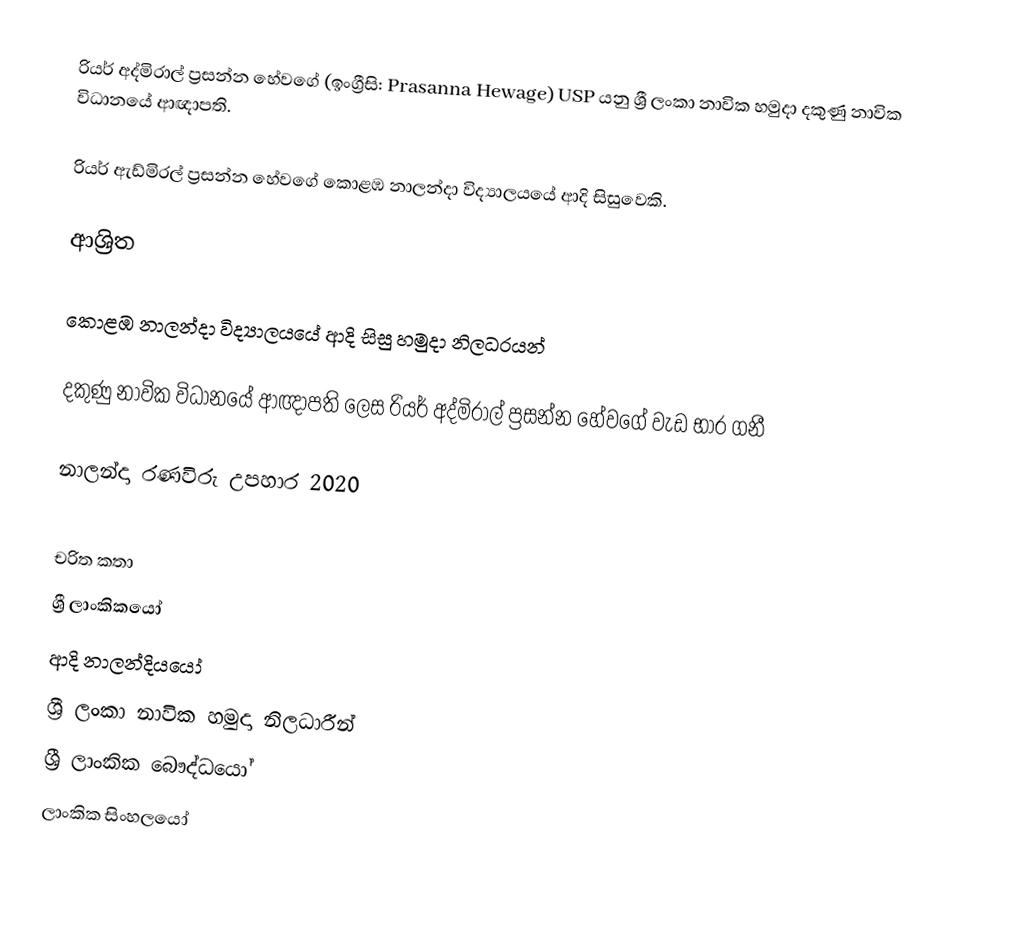
රියර් අද්මිරාල් ප්‍රසන්න හේවගේ (ඉංග්‍රීසි: Prasanna Hewage) USP යනු  ශ්‍රී ලංකා නාවික හමුදා දකුණු නාවික විධානයේ ආඥාපති.

රියර් ඇඩ්මිරල් ප්‍රසන්න හේවගේ  කොළඹ නාලන්දා විද්‍යාලයයේ ආදි සිසුවෙකි.

ආශ්‍රිත

 කොළඹ නාලන්දා විද්‍යාලයයේ ආදි සිසු හමුදා නිලධරයන්

 දකුණු නාවික විධානයේ ආඥාපති ලෙස රියර් අද්මිරාල් ප්‍රසන්න හේවගේ වැඩ භාර ගනී

 නාලන්දා රණවිරු උපහාර 2020

චරිත කතා
ශ්‍රී ලාංකිකයෝ
ආදි නාලන්දියයෝ
ශ්‍රී ලංකා නාවික හමුදා නිලධාරීන්
ශ්‍රී ලාංකික බෞද්ධයෝ
ලාංකික සිංහලයෝ